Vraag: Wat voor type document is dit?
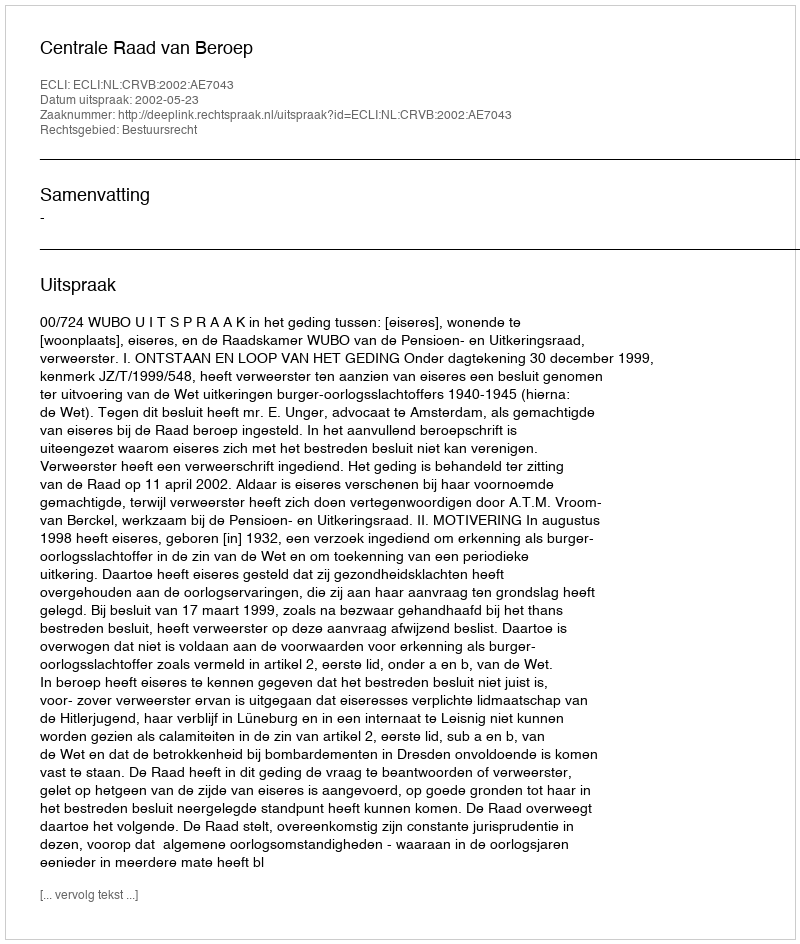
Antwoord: Uitspraak